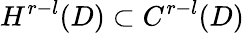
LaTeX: H^{r-l}(D)\subset C^{r-l}(D)